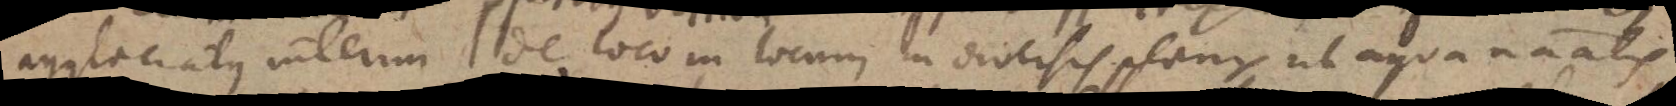
agglaciatus interim de loco in locum in diversis planis, ut aqua naturalis